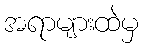
အရာများထဲမှ